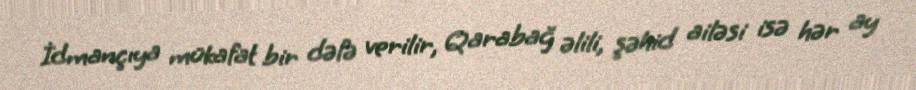
İdmançıya mükafat bir dəfə verilir, Qarabağ əlili, şəhid ailəsi isə hər ay